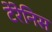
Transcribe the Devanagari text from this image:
टेरेनिस